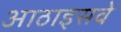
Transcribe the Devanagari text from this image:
आठाइसवें